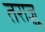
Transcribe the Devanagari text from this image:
तराज़ू़